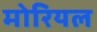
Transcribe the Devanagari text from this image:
मोरियल